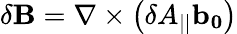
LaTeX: \mathbf{\delta B}=\nabla\times\left(\delta A_{||}\mathbf{b_{0}}\right)